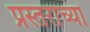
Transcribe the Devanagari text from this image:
प्रस्तराच्या